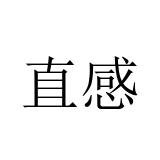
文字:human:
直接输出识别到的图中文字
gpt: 直感